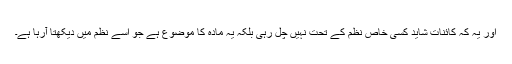
اور یہ کہ کائنات شاید کسی خاص نظم کے تحت نہیں چل رہی بلکہ یہ مادہ کا موضوع ہے جو اسے نظم میں دیکھتا آرہا ہے۔